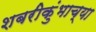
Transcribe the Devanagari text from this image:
शबरीकुंभाच्या